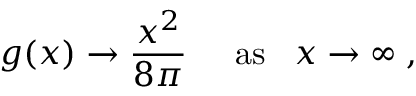
g ( x ) \rightarrow \frac { x ^ { 2 } } { 8 \pi } \; \; \; \; \; \mathrm { a s } \; \; \; x \rightarrow \infty \; ,